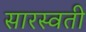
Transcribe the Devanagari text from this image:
सारस्वती